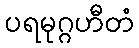
ပရမုဂ္ဂဟီတံ